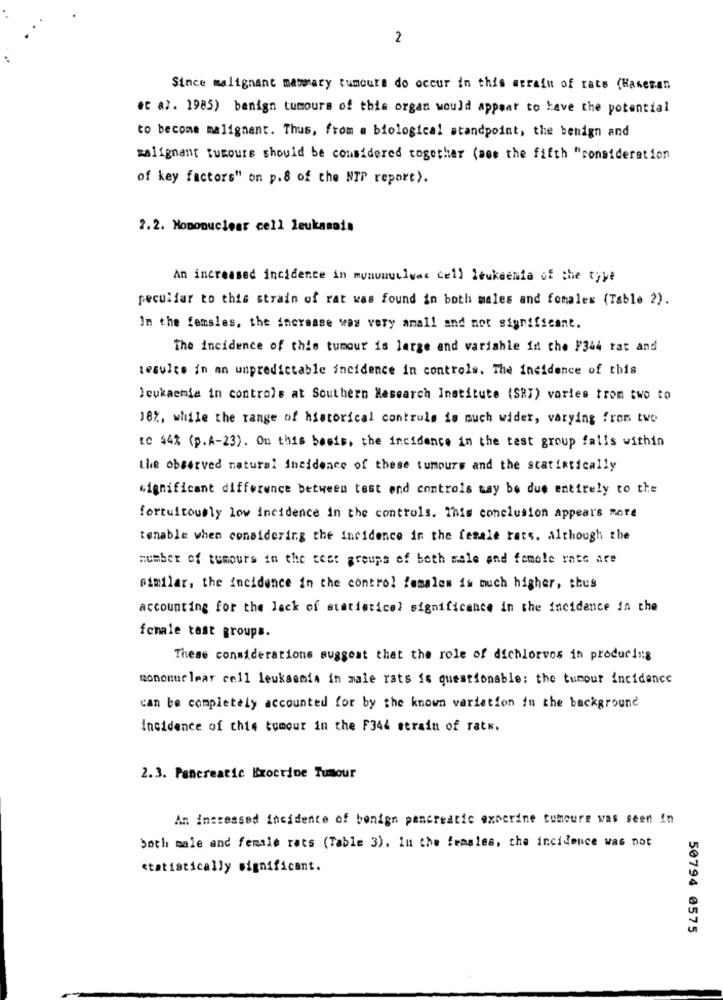
2
Since malignant mammary tumoure do occur in this atrain of rats (Haneran
et al. 1985) benign tumours of this organ would appear to have the potential
to become malignant. Thus, from a biological standpoint, the benign and
malignant tumours should be considered together (see the fifth "consideration
of key factors" on p. 8 of the NTP report).
2.2. Mononuclear cell leukamais
An increased incidence in mononuclear cell leukaemia of the type
peculiar to this strain of rat was found in both males and females (Table 2).
In the femsles, the increase was very amall and not significant.
The incidence of this tumour is large and variable in che F344 rat and
tesulte in an unpredictable incidence in controls. The incidence of this
leukaemia in controls at Southern Research Institute (SR7) varies trom two to
18%, while the range of historical controls is much wider, varying from two
to 44% (p.A-23). On this besis, the incidence in the test group falls within
the observed natural incidence of these tumours and the statistically
significant difference between test end controls way be due entirely to the
fortuitously low incidence in the controls. This conclusion appears more
tenable when considering the incidence in the female rats. although the
number of tumours in the cest groups of both male and female rate are
similar, the incidence in the control females is much higher, thus
accounting for the lack of statisticel significance in the incidence in the
female tast groups.
These considerations suggest that the role of dichlorvos in producing
mononuclear call leuksemin in male rats is questionable: the tumour incidence
can be completely accounted for by the known variation in the background
incidence of this tumour in the F344 strain of ratk.
2.3. Pancreatic Exocrine Tumour
An increased incidence of benign pancreatic experine tumoure was seen in
both male and female rats (Table 3). In the females, the incidence was not
statistically significant.
50794 0575